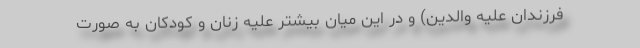
فرزندان عليه والدين) و در اين ميان بيشتر عليه زنان و كودكان به صورت